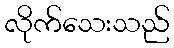
လိုက်သေးသည်